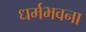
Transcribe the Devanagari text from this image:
धर्मभवना